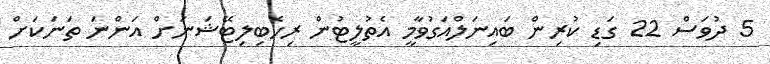
5 ދުވަސް 22 ގަޑި ކުރިން ބައިނަލްއަގުވާމީ އެތުލީޓުން ރިހެބިލިޓޭޝަނަށް އަންނަ ތަނަކަށް